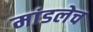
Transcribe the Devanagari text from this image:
मांडलेच